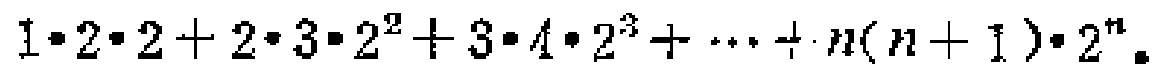
\(1\cdot2\cdot2 + 2\cdot3\cdot2^{2}+3\cdot4\cdot2^{3}+\cdots + n(n + 1)\cdot2^{n}\)